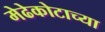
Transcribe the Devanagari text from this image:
मेढेकोटाच्या